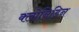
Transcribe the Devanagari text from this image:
क्लोनिडिन